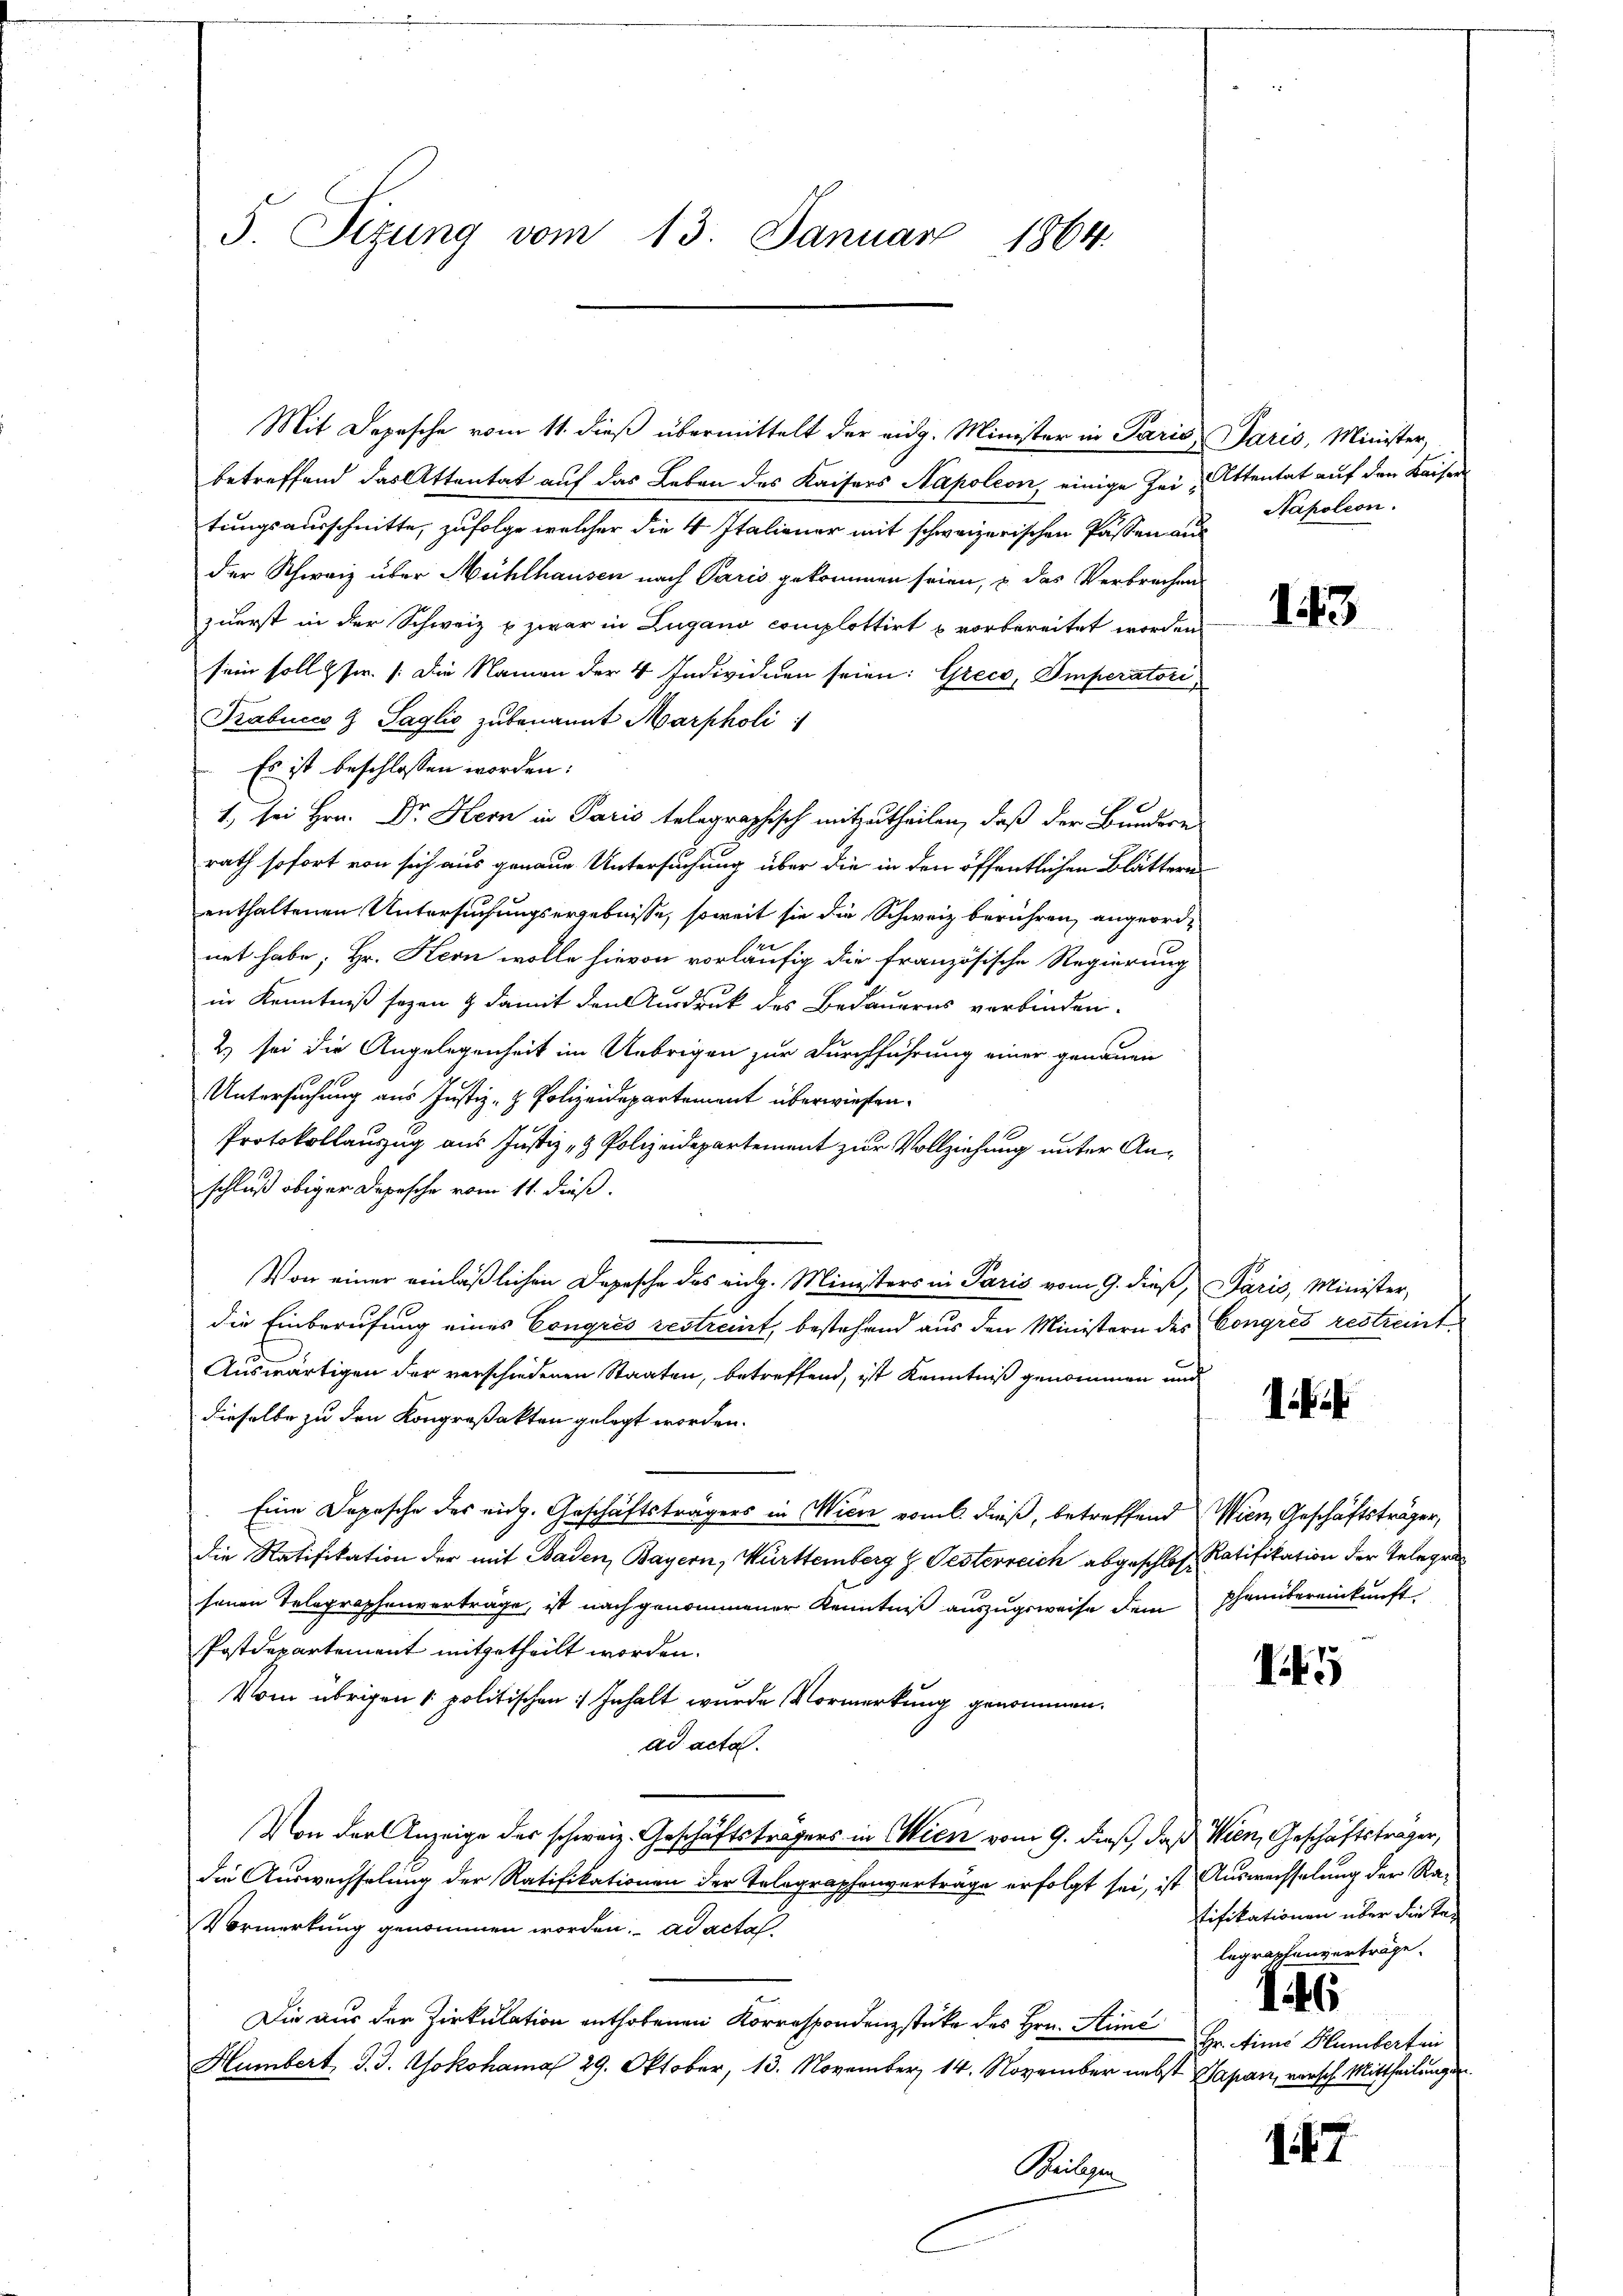
5. Sizung vom 13. Januar 1864

Mit Depesche vom 11. dieß übermittelt der eidg. Minister in Paris Paris, Minister,
betreffend das Attentat auf das Leben des Kaisers Napoleon, einige Zei- Attentat auf den Kaisen
tungsausschnitte, zufolge welcher die 4 Italiener mit schweizerischen Passen aus
der Schweiz über Mühlhausen nach Paris gekommen seien, u. das Verbrechen
zuerst in der Schweiz u. zwar in Zugano complottirt u vorbereitet worden
sein soll Zsw. /: die Namen der 4 Individuen seien: Greco, Emperatori
Trabucca 9 Taglio zu benannt Marpholi
Es ist beschlossen worden:
1. sei Hrn. Dr. Hern in Paris telegraphisch mitzutheilen, daß der Bundern
rath sofort von sich aus genaue Untersuchung über die in den öffentlichen Blättern
enthaltenen Untersuchungsergebnisse, soweit sie die Schweiz berühren, angeordnet habe; Hr. Hern wolle hievon vorläufig die französische Regierung
in Kenntniß seyen & damit den Ausdruck des Bedauerns verbinden.
2) sei die Angelegenheit im Uebrigen zur Durchführung einer genauen
Untersuchung aus Justiz- & Polizeidepartement überwiesen.
Protokollauszug aus Justiz- & Polizeidepartement zur Vollziehung unter Anschluß obiger Depesche vom 11. dieß.
Von einer einläßlichen Depesche des ein. Ministers in Paris vom 9. dieß, Paris, Minister,
die Einberufung eines Congres bestreit, bestehend aus den Ministern des Congres restreit¬
Auswärtigen der verschiedenen Staaten, betreffend, ist Kenntniß genommen und
dieselbe zu den Kongreßakten gelegt worden.
Eine Depesche des eidg. Geschäftsträgers in Wien vom 6. dieß, betreffend Wien, Geschäftsträger,
die Ratifikation der mit Baden, Bayern, Württemberg z. Gesterreich abgeschloße Ratifikation der Gelegen
senen Telegraphenverträge, ist nach genommener Kenntniß auszugeweise dem Ehenübereinkunft
Postdepartement mitgetheilt worden.
Vom übrigen 1 politischen : Inhalt wurde Vormerkung genommen.
ad acta.
Von der Anzeige des schweiz. Geschäftsträgers in Wien vom 9. dieß, daß Wien, Geschäftsträger,
die Auswechselung der Ratifikationen der Telegraphenverträge erfolgt sei, ist Auswechselung der Ra-
Vormerkung genommen worden. ad actas
Die aus der Zirkulation enthobenen Korrespondenzstücke des Hrn. Stimé Hr. Eine Humbert in
Humbert, d. J. Yokohama 29. Oktober, 13. November 14. November nebst Sapan, versch Mittheilung.
Beilage

Napoleon.

143

i

I.5

tifikationen über die Talegraphenverträge.
146

17